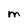
Character: M